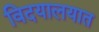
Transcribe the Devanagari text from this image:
विदयालयात